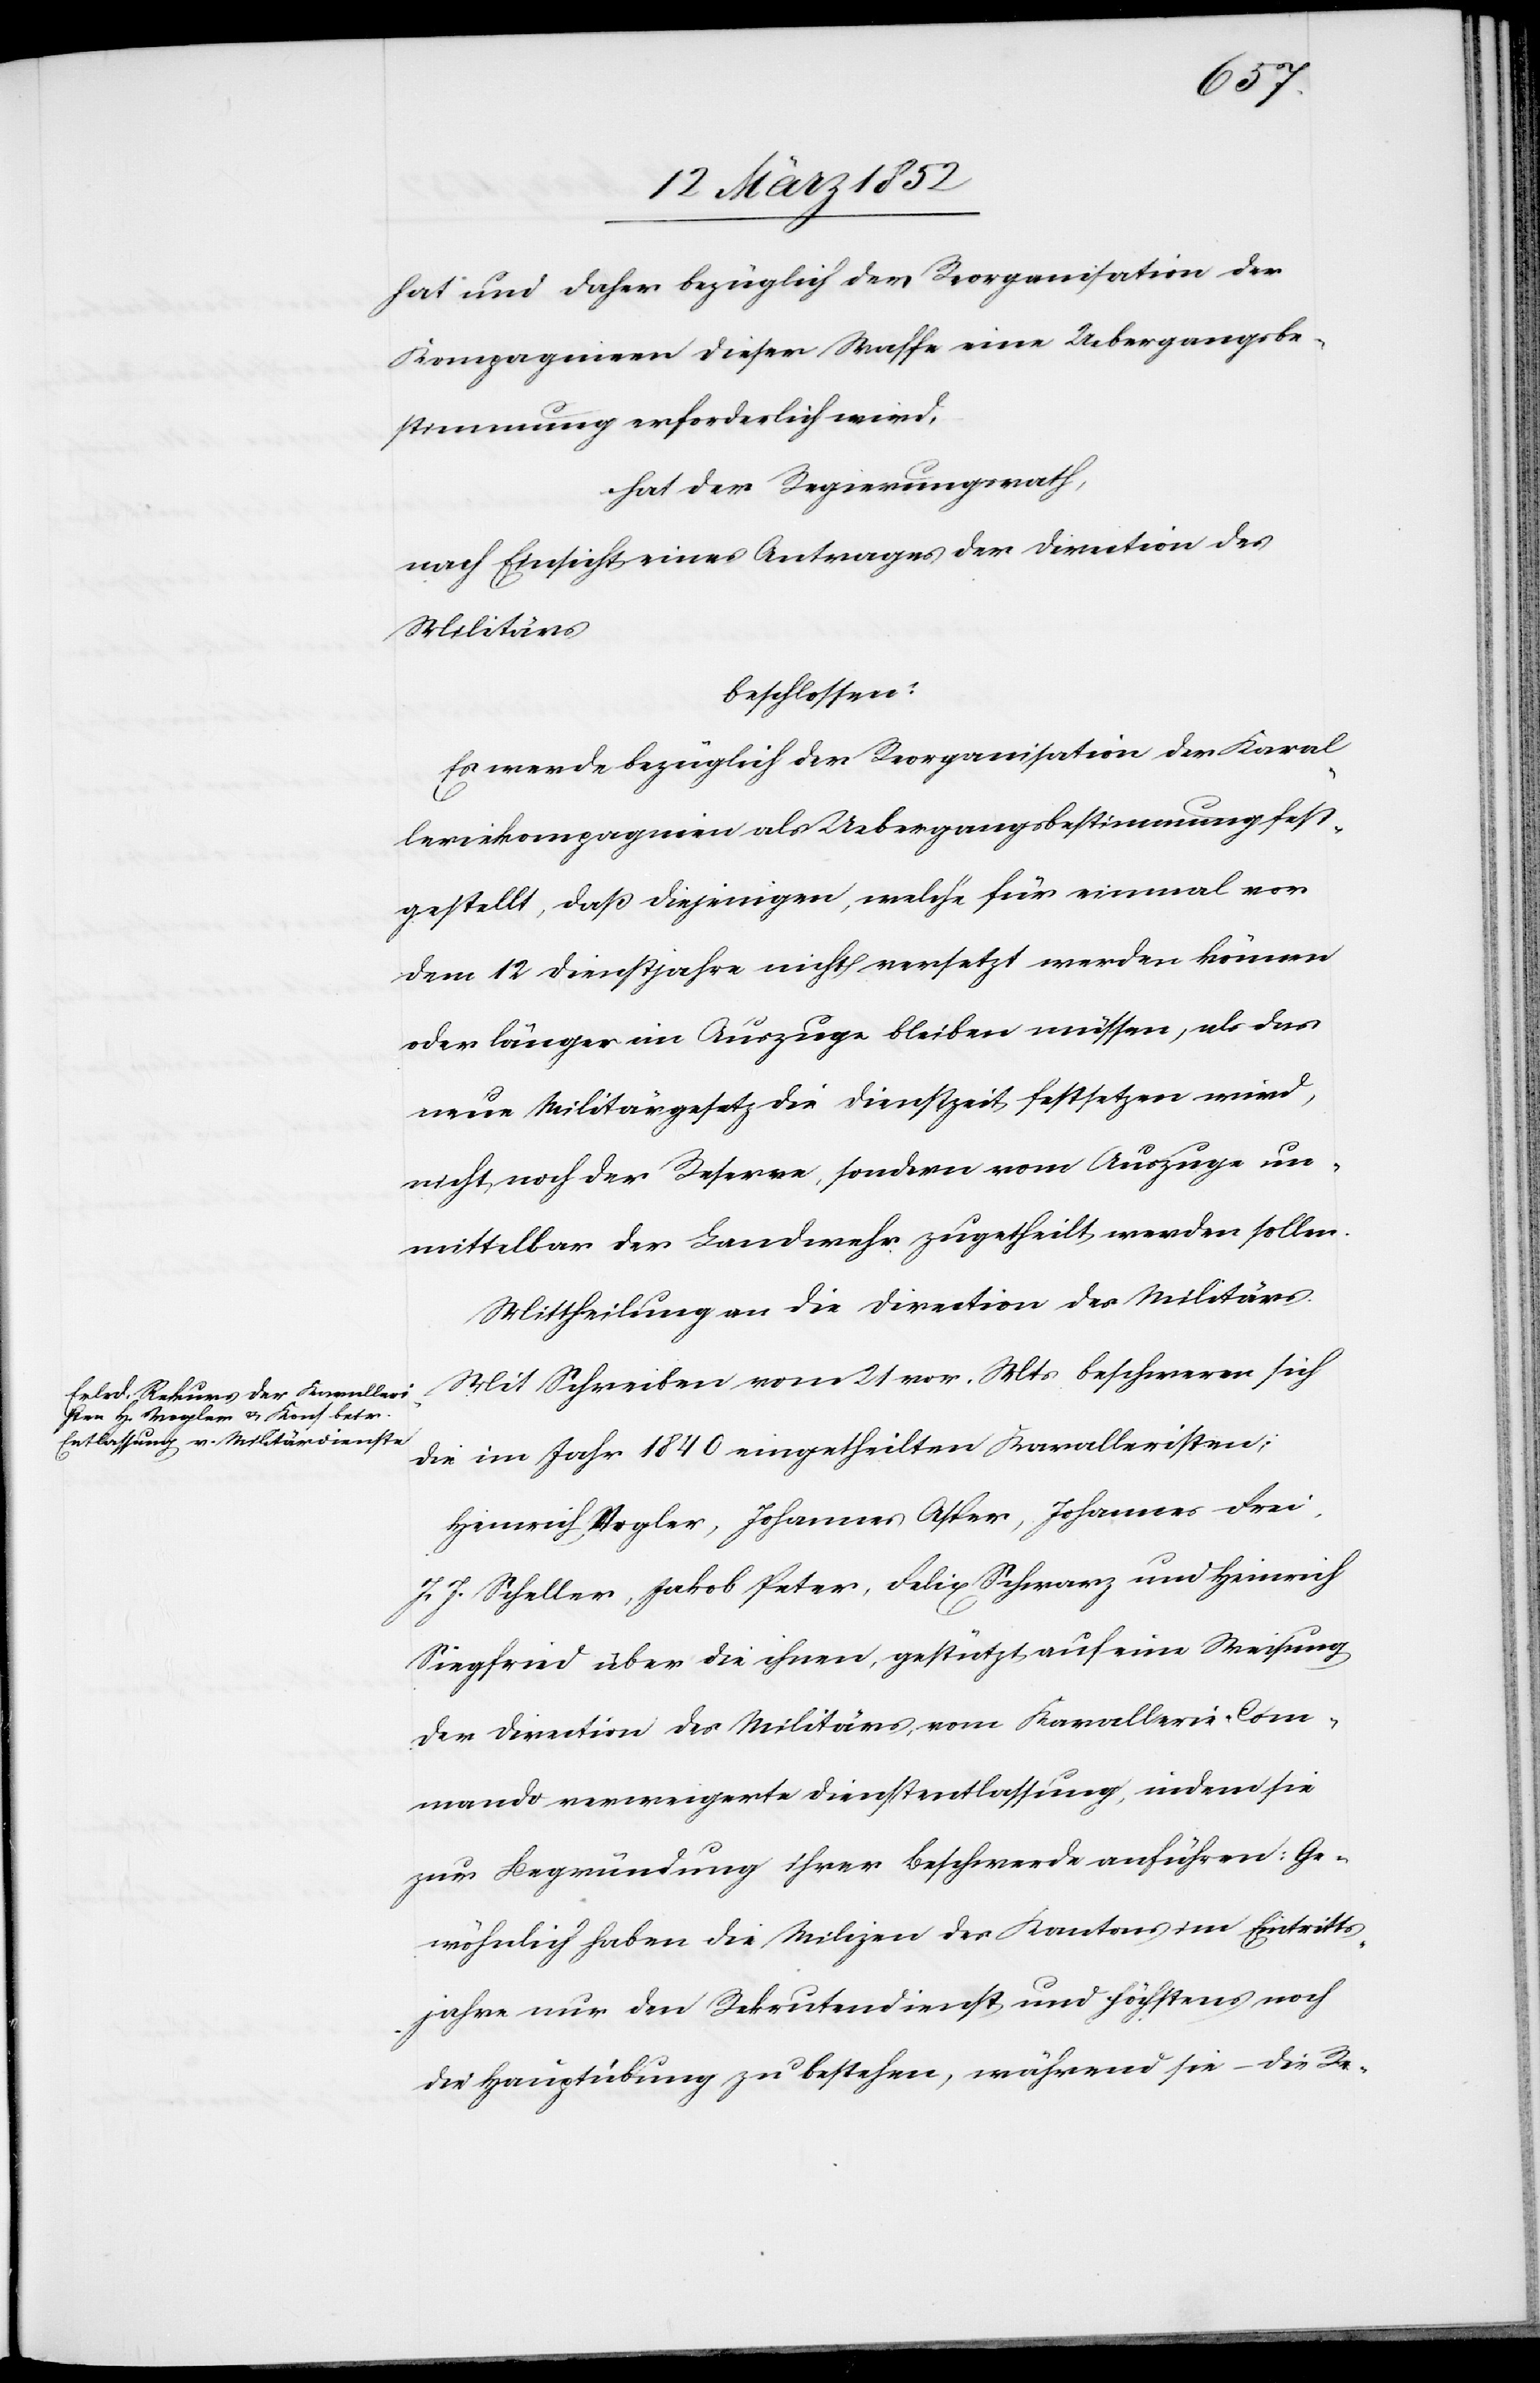
hat und daher bezüglich der Reorganisation der
Kompagnien dieser Waffe eine Uebergangsbe¬
stimmung erforderlich wird,
hat der Regierungsrath,
nach Einsicht eines Antrages der Direction des
Militärs
beschlossen:
Es werde bezüglich der Reorganisation der Kaval¬
leriecompagnie als Uebergangsbestimmung fest¬
gestellt, daß diejenigen, welche für einmal vor
dem 12 Dienstjahre nicht versetzt werden können
oder länger im Auszuge bleiben müssen, als das
neue Militärgesetz die Dienstzeit festsetzen wird,
nicht noch der Reserve, sondern vom Auszuge un¬
mittelbar der Landwehr zugetheilt werden sollen.
Mit Schreiben vom 21 vor. Mts beschweren sich
die im Jahr 1840 eingetheilten Kavalleristen
Heinrich Vogler, Johannes Asper, Johannes Frei,
J. J. Scheller, Jakob Peter, Felix Schwarz und Heinrich
Siegfried über die ihnen, gestützt auf eine Weisung
der Direction des Militärs, vom Kavallerie-Com¬
mando verweigerte Dienstentlassung, indem sie
zur Begründung ihrer Beschwerde anführen: Ge¬
wöhnlich haben die Milizen des Kantons im Eintritts¬
jahr nur den Rekrutendienst und höchstens noch
die Hauptübung zu bestehen, während sie – die Re-